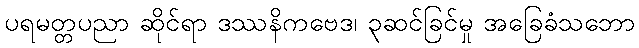
ပရမတ္တပညာ ဆိုင်ရာ ဒဿနိကဗေဒ၊ ၃ဆင်ခြင်မှု အခြေခံသဘော